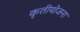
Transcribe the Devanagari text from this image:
कृतीयोजना